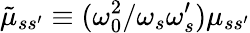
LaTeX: \tilde{\mu}_{ss^{\prime}}\equiv(\omega_{0}^{2}/\omega_{s}\omega_{s}^{\prime})\mu_{ss^{\prime}}